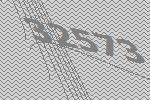
32573